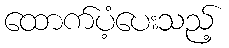
ထောက်ပံ့ပေးသည့်